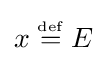
x\mathrel {\stackrel {\scriptscriptstyle \mathrm {def} }{=}} E